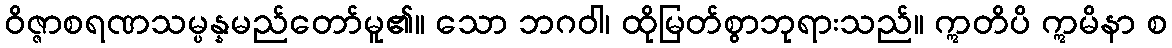
ဝိဇ္ဇာစရဏသမ္ပန္နမည်တော်မူ၏။ သော ဘဂဝါ၊ ထိုမြတ်စွာဘုရားသည်။ ဣတိပိ ဣမိနာ စ